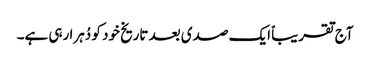
آج تقریباً ایک صدی بعد تاریخ خود کو دُہرا رہی ہے۔